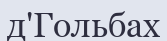
д'Гольбах